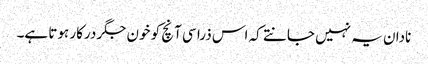
نادان یہ نہیں جانتے کہ اس ذرا سی آنچ کو خون جگر درکار ہوتا ہے۔